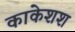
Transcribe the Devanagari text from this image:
काकेशश